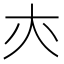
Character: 𡗕